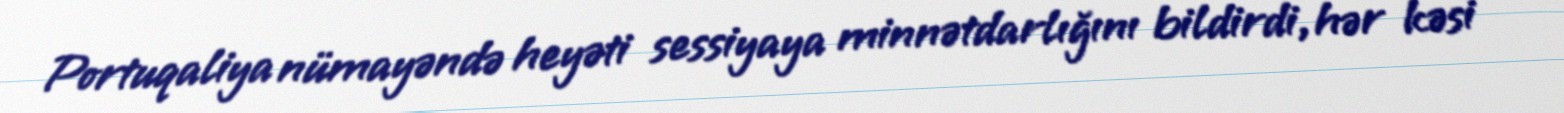
Portuqaliya nümayəndə heyəti sessiyaya minnətdarlığını bildirdi, hər kəsi